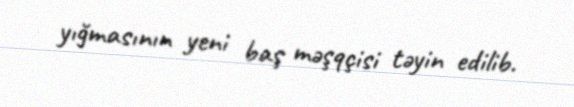
yığmasının yeni baş məşqçisi təyin edilib.